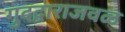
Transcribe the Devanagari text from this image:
गुदद्वाराजवळ